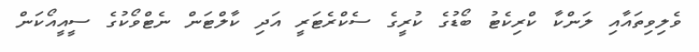
ވެލިވިތައާއި ލަންކާ ކްރިކެޓު ބޯޑުގެ ކުރީގެ ސެކްރެޓަރީ އަދި ކާލްޓަން ނެޓްވޯކުގެ ސީއީއޯކަން